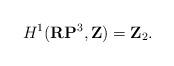
LaTeX: \begin{align*}H^1({\bf RP}^3, {\bf Z})={\bf Z}_2.\end{align*}